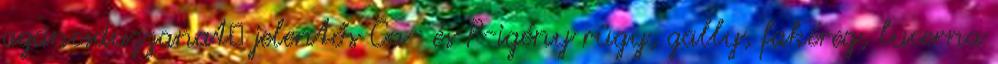
agancsduzzanat jelentős Ca- és P-igény rügy, gally, fakéreg, lucerna